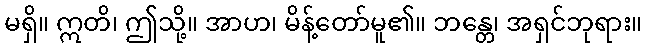
မရှိ။ ဣတိ၊ ဤသို့။ အာဟ၊ မိန့်တော်မူ၏။ ဘန္တေ၊ အရှင်ဘုရား။